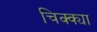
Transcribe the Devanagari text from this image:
चिक्क्या